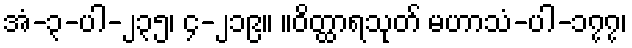
အံ-၃-ပါ-၂၃၅၊ ၄-၂၁၉။ ။ဝိတ္ထာရသုတ် မဟာသံ-ပါ-၁၇၇၊